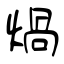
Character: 煱